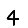
Digit: 4